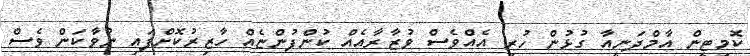
ކޮމިޓީން އާމްދަނީއާ ގުޅުން ހުރި އެއްވެސް ވުޒާރާއެއް ކުންފުންޏެއް ހާޒިރުކޮށްފައި ނުވާކަން ވެސް